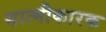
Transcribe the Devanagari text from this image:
सात्मीकारक